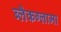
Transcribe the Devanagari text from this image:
ब्लैकग्लामा